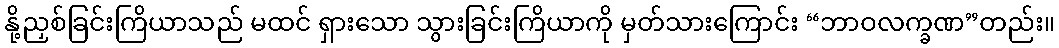
နို့ညှစ်ခြင်းကြိယာသည် မထင် ရှားသော သွားခြင်းကြိယာကို မှတ်သားကြောင်း “ဘာဝလက္ခဏ”တည်း။